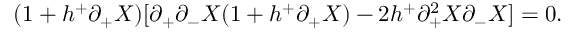
( 1 + h ^ { + } \partial _ { + } X ) [ \partial _ { + } \partial _ { - } X ( 1 + h ^ { + } \partial _ { + } X ) - 2 h ^ { + } \partial _ { + } ^ { 2 } X \partial _ { - } X ] = 0 .